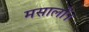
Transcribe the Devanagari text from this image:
मसालों।